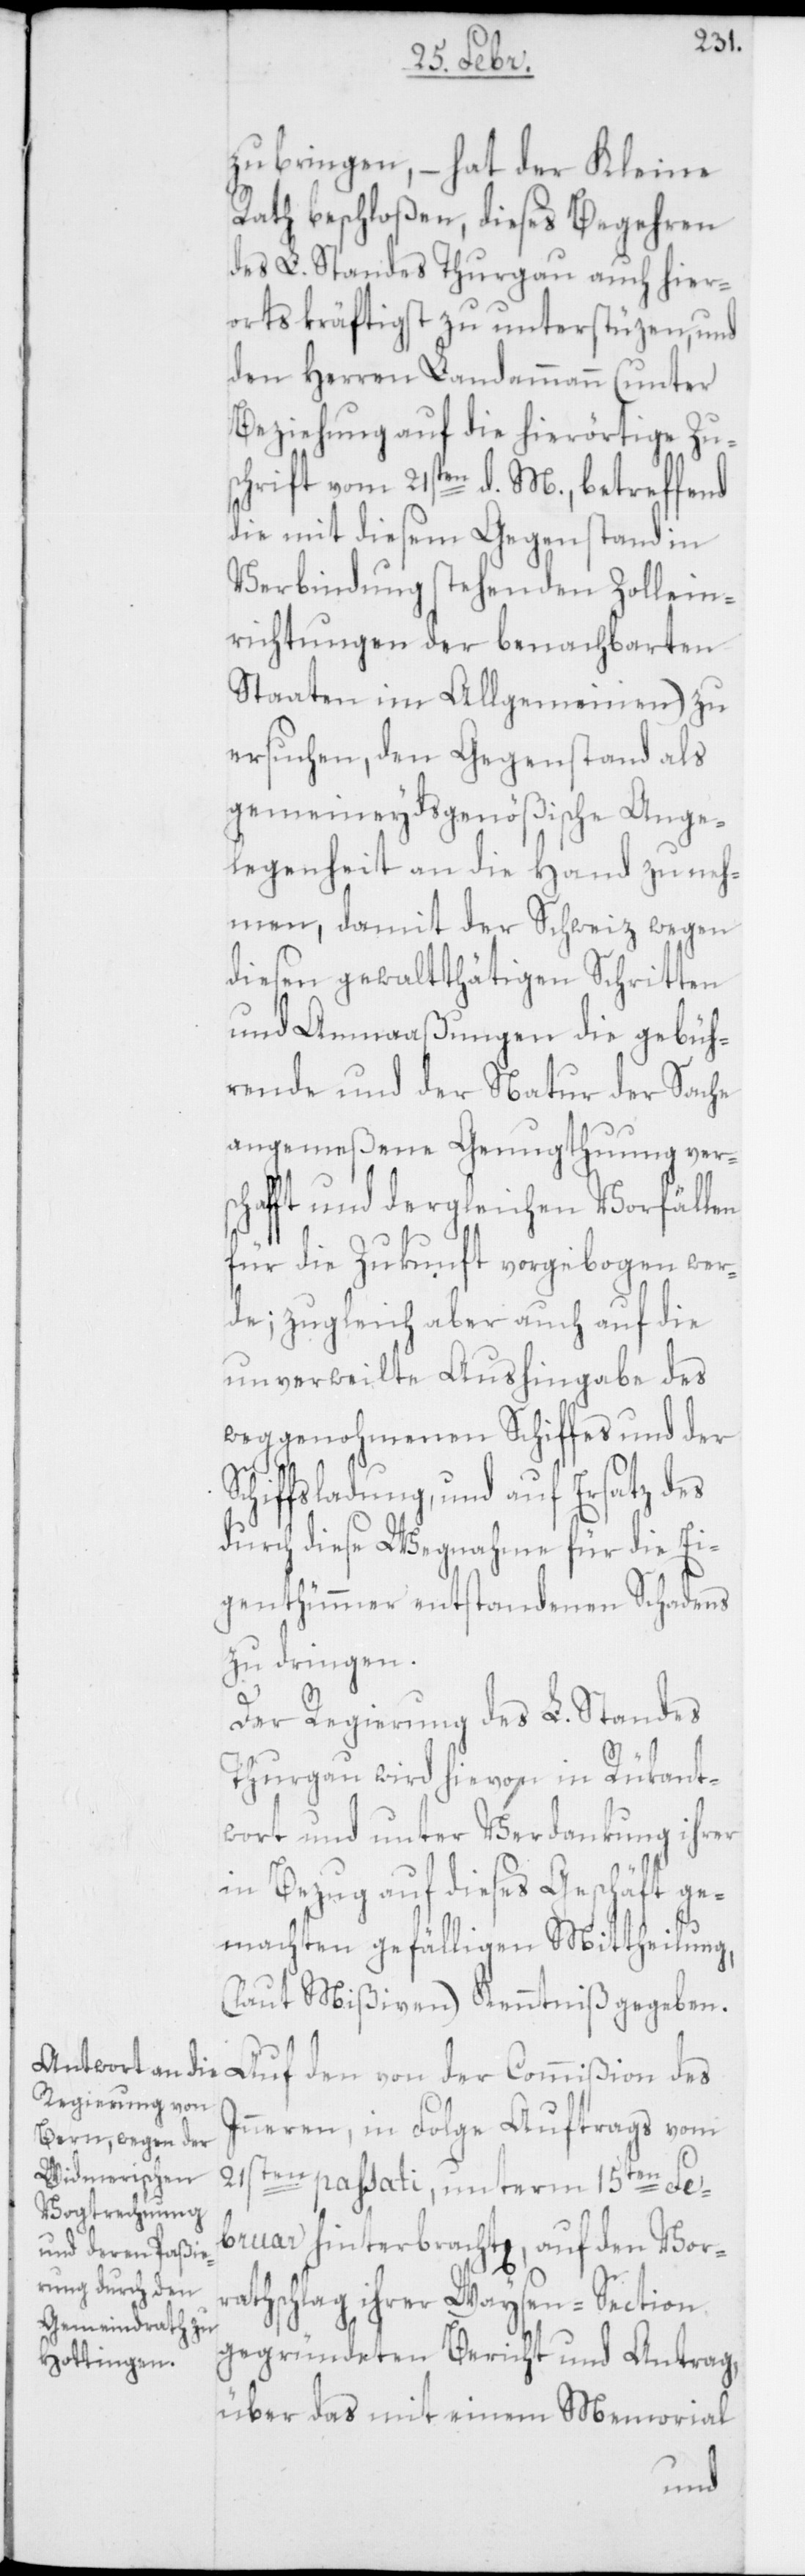
zu bringen, – hat der Kleine
Rath beschloßen, dieses Begehren
des L. Standes Thurgau auch hier¬
orts kräftigst zu unterstüzen, und
den Herren Landammann (unter
Beziehung auf die hierörtige Zus¬
chrift vom 21sten d. M., betreffend
die mit diesem Gegenstand in
Verbindung stehenden Zollein¬
richtungen der benachbarten
Staaten im Allgemeinen) zu
ersuchen, den Gegenstand als
gemeineydsgenößische Ange¬
legenheit an die Hand zu neh¬
men, damit der Schweiz wegen
diesen gewaltthätigen Schritten
und Anmaaßungen die gebüh¬
rende und der Natur der Sache
angemeßene Genugthuung vers¬
chafft und dergleichen Vorfällen
für die Zukunft vorgebogen wer¬
de; zugleich aber auch auf die
unverweilte Aushingabe des
weggenohmenen Schiffes und der
Schiffsladung, und auf Ersatz des
durch diese Wegnahme für die Ei¬
genthümer entstandenen Schadens
zu dringen.
Der Regierung des L. Standes
Thurgau wird hievon in Rükant¬
wort und unter Verdankung ihrer
in Bezug auf dieses Geschäft ge¬
machten gefälligen Mittheilung,
(laut Mißiven) Kenntniß gegeben.
Auf den von der Commißion des
Inneren, in Folge Auftrags vom
21sten passati, unterm 15ten Fe¬
bruar hinterbrachte, auf den Vor¬
schlag ihrer Waysen-Section
gegründeten Bericht und Antrag,
über das mit einem Memorial